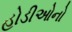
હોડીઓનો